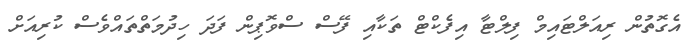
އެގޮތުން ރިއަލްޓައިމް ފިލްޓާ އިފެކްޓް ތަކާއި ފޭސް ސްވޮޕިން ފަދަ ހިދުމަތްތައްވެސް ކުރިއަށް